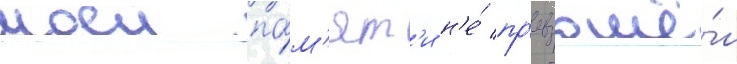
моеи па́м'ят'и н'е́ пр'евзошё́л